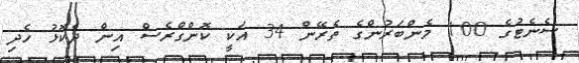
ސެނެޓުގެ 100 މެންބަރުންގެ ތެރޭން 34 އަކީ ކޮންގްރެސް އިން ދެކޮޅު ހެދި